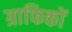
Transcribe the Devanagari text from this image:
ग्राफिकों